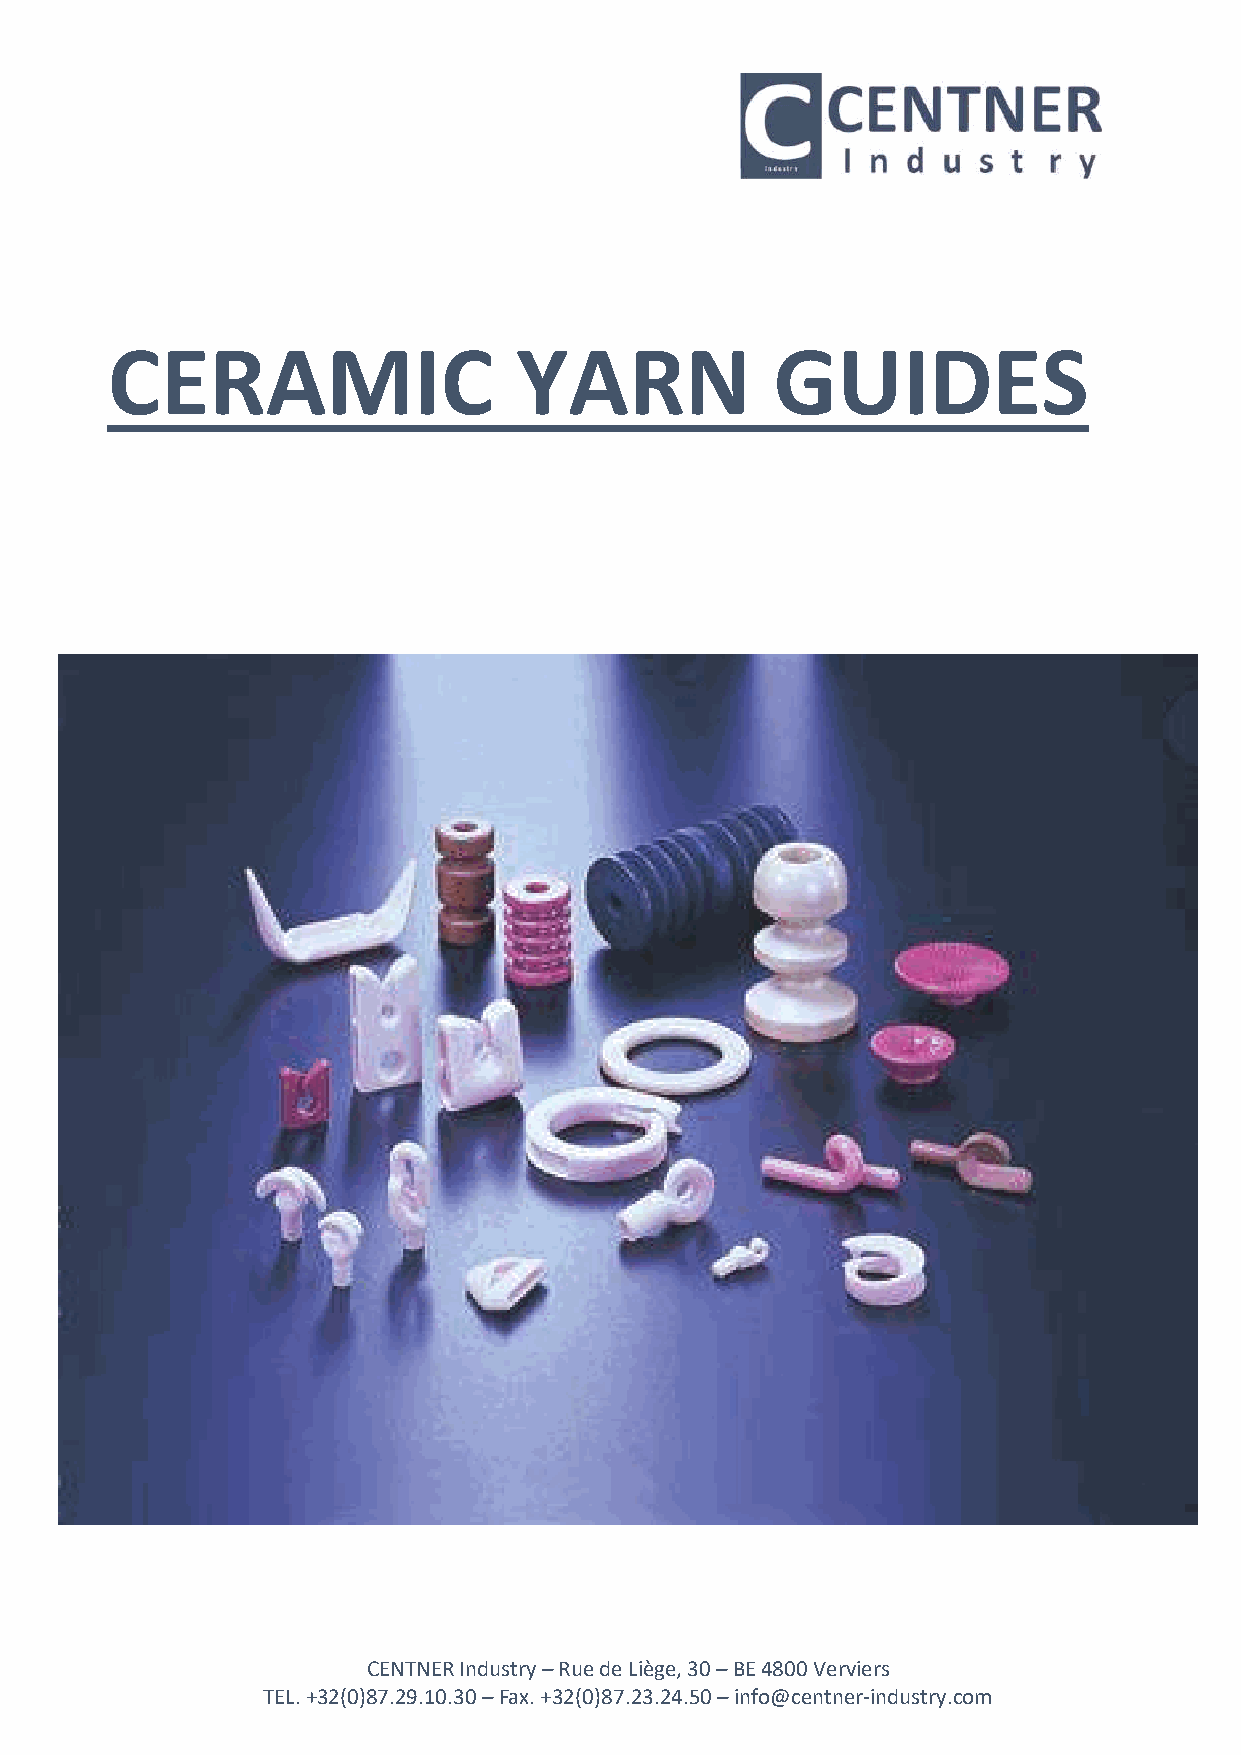
CERAMIC                    YARN             GUIDES
 CENTNER Industry – Rue de Liège, 30 – BE 4800 Verviers
 TEL. +32(0)87.29.10.30 – Fax. +32(0)87.23.24.50 – info@centner-industry.com